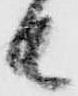
者